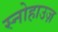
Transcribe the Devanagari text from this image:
स्नोहाउज़